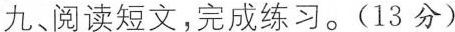
九、阅读短文，完成练习。(13分)